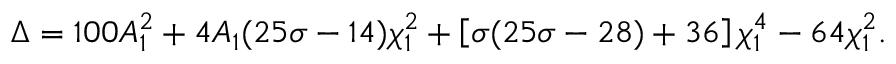
\Delta = 1 0 0 A _ { 1 } ^ { 2 } + 4 A _ { 1 } ( 2 5 \sigma - 1 4 ) \chi _ { 1 } ^ { 2 } + \left[ \sigma ( 2 5 \sigma - 2 8 ) + 3 6 \right] \chi _ { 1 } ^ { 4 } - 6 4 \chi _ { 1 } ^ { 2 } .